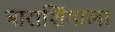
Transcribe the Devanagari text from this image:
बाराशिंगाला